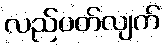
လည်ပတ်လျက်